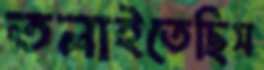
তলাইতেছিস